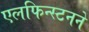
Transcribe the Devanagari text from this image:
एलफिन्स्टनने